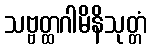
သဗ္ဗတ္ထဂါမိနိသုတ္တံ